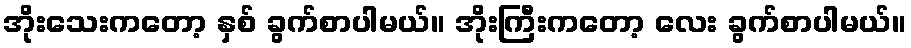
အိုးသေးကတော့ နှစ် ခွက်စာပါမယ်။ အိုးကြီးကတော့ လေး ခွက်စာပါမယ်။